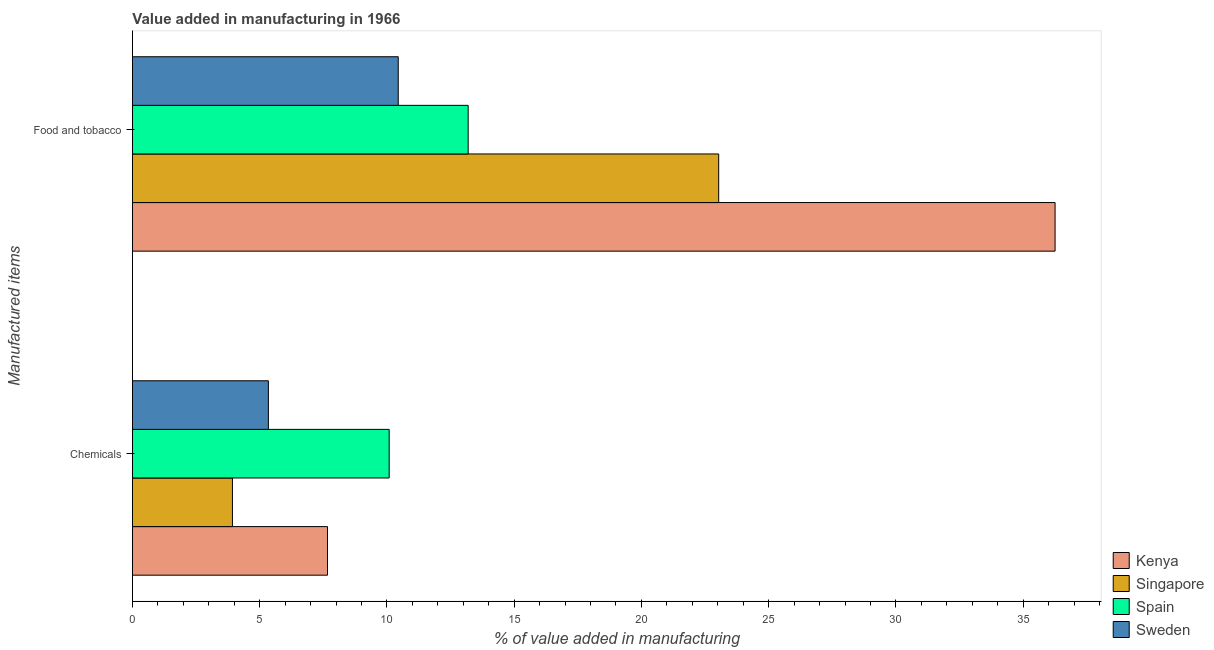
| Manufactured items | Kenya | Singapore | Spain | Sweden |
 | --- | --- | --- | --- | --- |
 | Chemicals | 7.67 | 3.93 | 10.1 | 5.34 |
 | Food and tobacco | 36.3 | 23 | 13.2 | 10.4 |